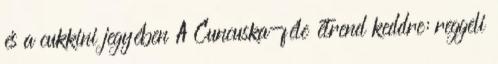
és a cukkini jegyében A Cuncuska-féle étrend keddre: reggeli